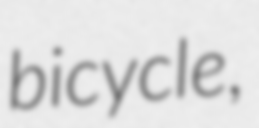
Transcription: bicycle,